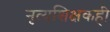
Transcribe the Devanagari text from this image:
नृत्यशिक्षकही